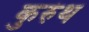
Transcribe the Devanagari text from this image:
कुरुंथ